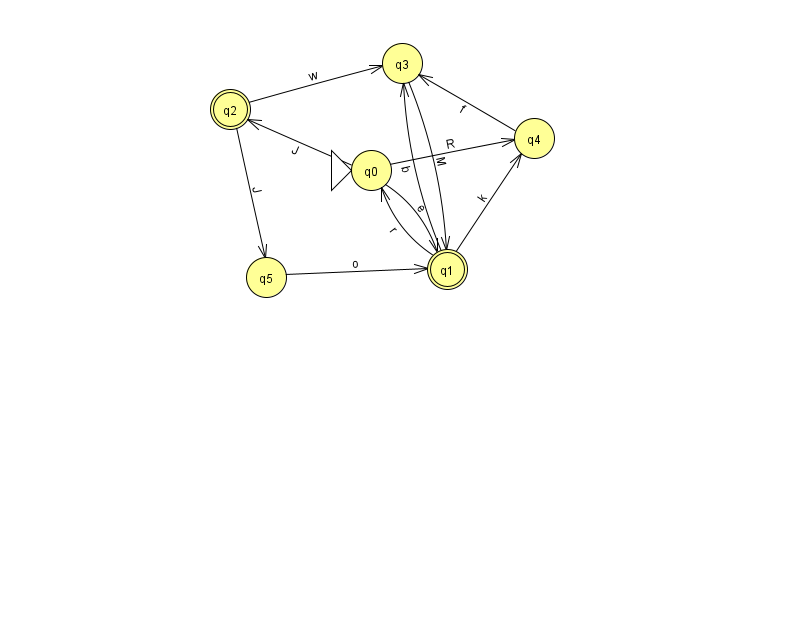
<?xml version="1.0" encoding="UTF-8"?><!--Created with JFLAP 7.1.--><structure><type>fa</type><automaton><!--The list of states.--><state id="0" name="q0"><x>371.0</x><y>157.0</y><initial/></state><state id="1" name="q1"><x>447.0</x><y>256.0</y><final/></state><state id="2" name="q2"><x>230.0</x><y>96.0</y><final/></state><state id="3" name="q3"><x>402.0</x><y>50.0</y></state><state id="4" name="q4"><x>534.0</x><y>125.0</y></state><state id="5" name="q5"><x>266.0</x><y>264.0</y></state><!--The list of transitions.--><transition><from>3</from><to>1</to><read>M</read></transition><transition><from>0</from><to>2</to><read>J</read></transition><transition><from>1</from><to>0</to><read>r</read></transition><transition><from>4</from><to>3</to><read>f</read></transition><transition><from>0</from><to>4</to><read>R</read></transition><transition><from>5</from><to>1</to><read>o</read></transition><transition><from>1</from><to>4</to><read>k</read></transition><transition><from>2</from><to>5</to><read>J</read></transition><transition><from>1</from><to>3</to><read>b</read></transition><transition><from>2</from><to>3</to><read>w</read></transition><transition><from>0</from><to>1</to><read>e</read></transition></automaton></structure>